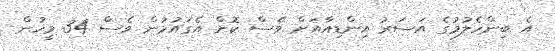
އެ ބިންހެލުމުގެ އަސަރު އިންޑިއާއަށް ވެސް ކޮށް އެގައުމުން ވެސް 34 މީހުން